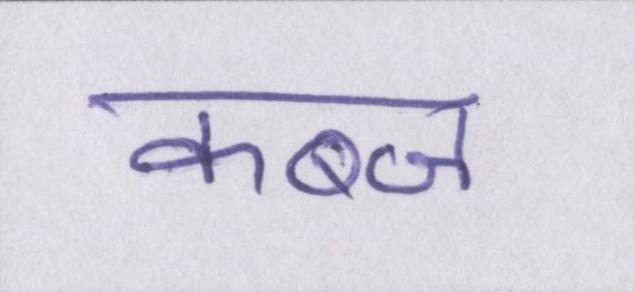
कब्ज